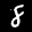
Label: 8